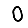
Digit: 0